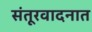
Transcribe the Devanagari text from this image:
संतूरवादनात